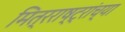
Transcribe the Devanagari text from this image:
मित्रराष्ट्रांच्या